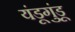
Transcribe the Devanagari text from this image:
यंडूगुंडू